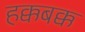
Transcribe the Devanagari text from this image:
हक्कबक्क